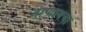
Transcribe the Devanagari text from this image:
जाणायचा